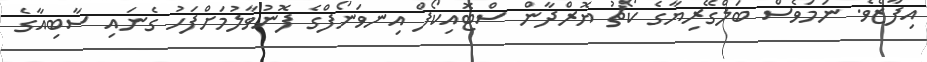
އިފާޒެވެ. ނަމަވެސް ބަލްގޭރިޔާގެ ކޯޗު ޔޮރްދާން ސްޓޮއިކޯފް އިނވަނޯފްގެ ފޮނުވާލުމަށްފަހު ގެނައި ސާބިއާގެ